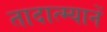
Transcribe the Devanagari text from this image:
तादात्म्यानें